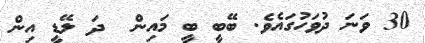
30 ވަނަ ދުވަހުގައެވެ. ބޭބީ ބީ މައިން  ދަ ލޭޑީ އިން